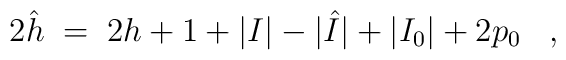
2 \hat{h} \;=\; 2h + 1 + |I| - |\hat{I}| + |I_0| + 2 p_0 \;\;\; ,